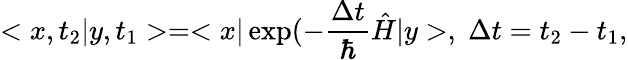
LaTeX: <x,t_{2}|y,t_{1}>=<x|\exp(-\frac{\Delta t}{\hbar}\hat{H}|y>,\; \Delta t=t_{2}-t_{1},